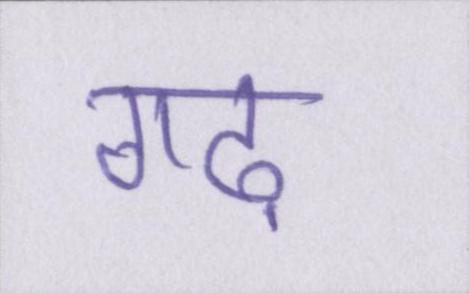
गढ़